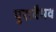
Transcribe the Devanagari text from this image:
पुरावैभव